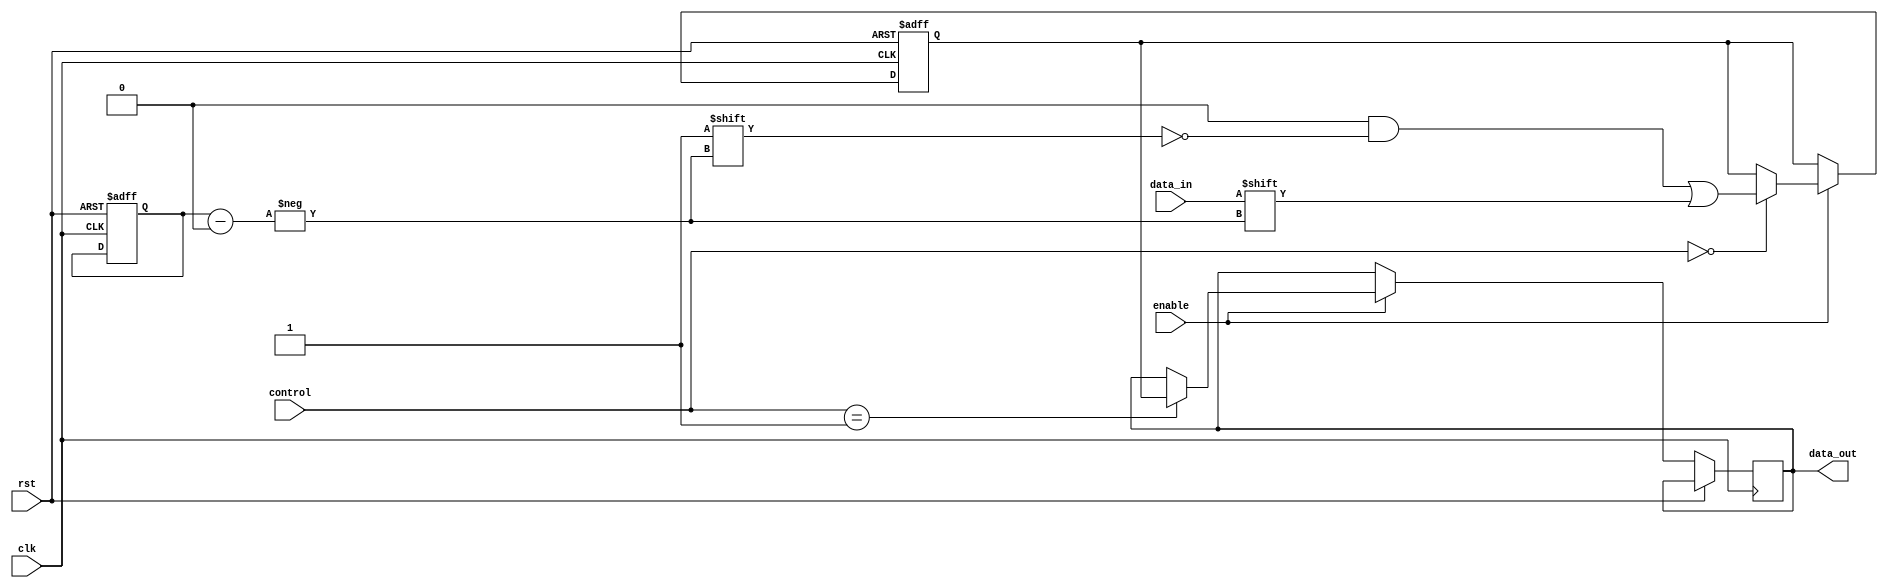
module io_buffer (
    input wire clk,
    input wire rst,
    input wire enable,
    input wire [1:0] control,
    input wire data_in,
    output wire [3:0] data_out
);

reg [1:0] input_port;
reg [3:0] output_ports;

always @ (posedge clk or posedge rst) begin
    if (rst) begin
        input_port <= 0;
        output_ports <= 4'b0000;
    end else begin
        if (enable) begin
            case (control)
                2'b00: begin // Mux mode
                    output_ports <= 4'b0000;
                    output_ports[input_port] <= data_in;
                end
                2'b01: begin // Demux mode
                    data_out <= output_ports;
                end
                default: begin
                    // Do nothing
                end
            endcase
        end
    end
end

endmodule